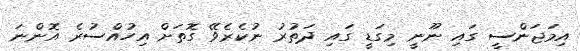
އިމަޖަންސީ ގައި ނޫނީ މިގަޑީ ގައި ދަތުރު ނުކެރެވޭ ގޮތަށް އިހުއްސުރެ އޮންނަ